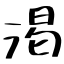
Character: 渇